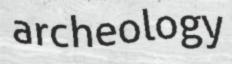
archeology